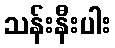
သန်းနီးပါး